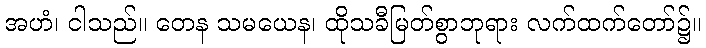
အဟံ၊ ငါသည်။ တေန သမယေန၊ ထိုသခီမြတ်စွာဘုရား လက်ထက်တော်၌။